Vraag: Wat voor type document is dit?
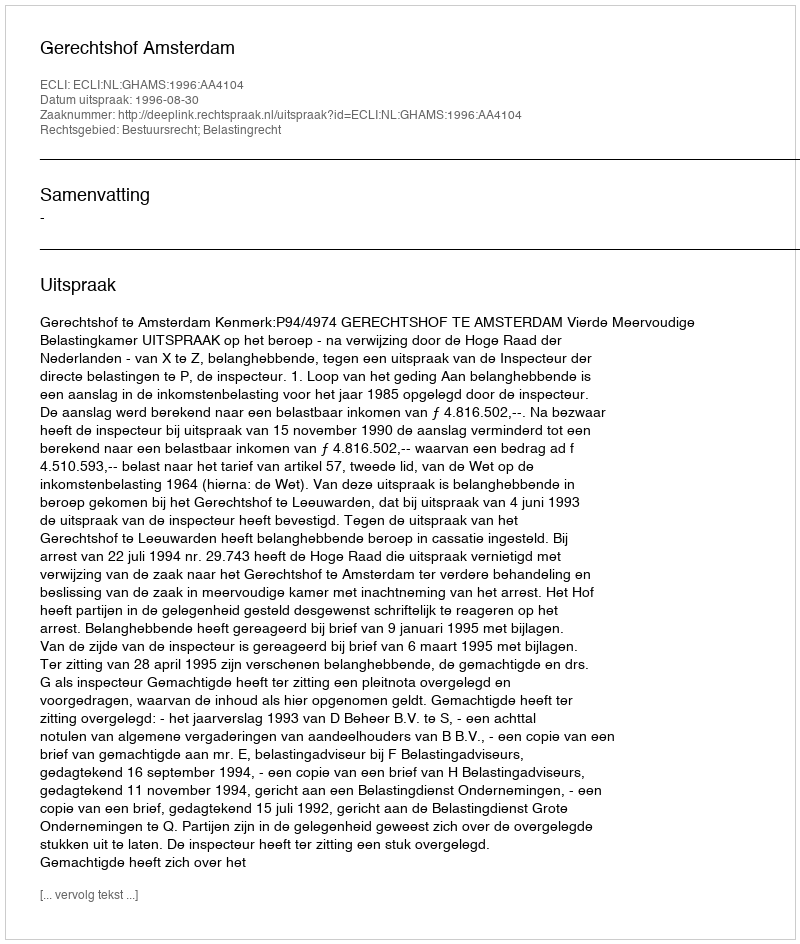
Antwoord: Uitspraak